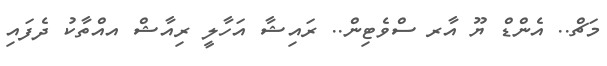
މަޗް.. އެންޑް ޔޫ އާރ ސްވެޓިން.. ރައިޝާ އަހާލީ ރިއާޝް އއްތާކު ދެފައި